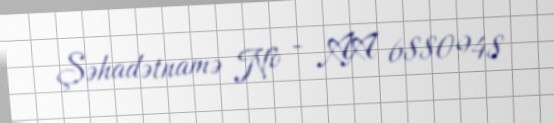
Şəhadətnamə № - AA 6880948